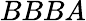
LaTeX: BBBA